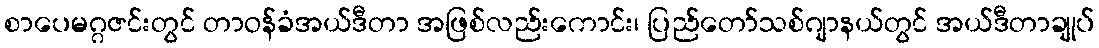
စာပေမဂ္ဂဇင်းတွင် တာဝန်ခံအယ်ဒီတာ အဖြစ်လည်းကောင်း၊ ပြည်တော်သစ်ဂျာနယ်တွင် အယ်ဒီတာချုပ်